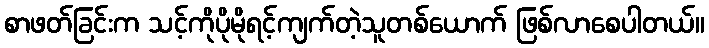
စာဖတ်ခြင်းက သင့်ကိုပိုမိုရင့်ကျက်တဲ့သူတစ်ယောက် ဖြစ်လာစေပါတယ်။